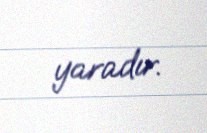
yaradır.